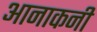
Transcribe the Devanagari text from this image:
आनाकनी